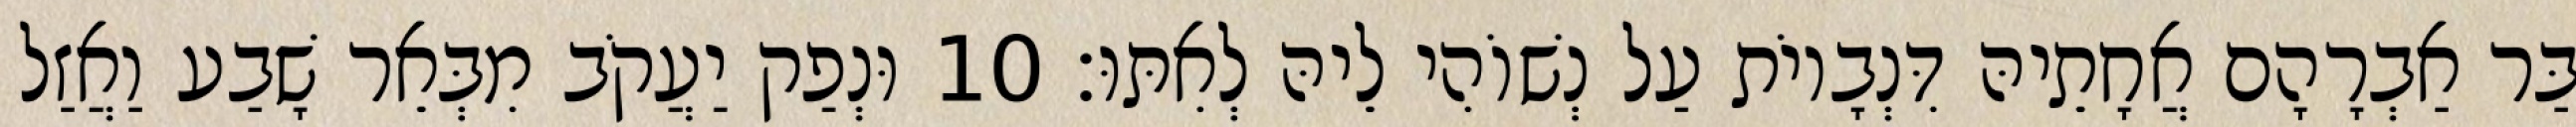
בַּר אַבְרָהָם אֲחָתֵיהּ דִּנְבָיוֹת עַל נְשׁוֹהִי לֵיהּ לְאִתּוּ׃ 10 וּנְפַק יַעֲקֹב מִבְּאֵר שָׁבַע וַאֲזַל